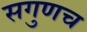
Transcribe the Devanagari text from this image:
सगुणच